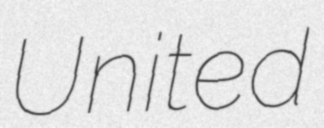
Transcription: United